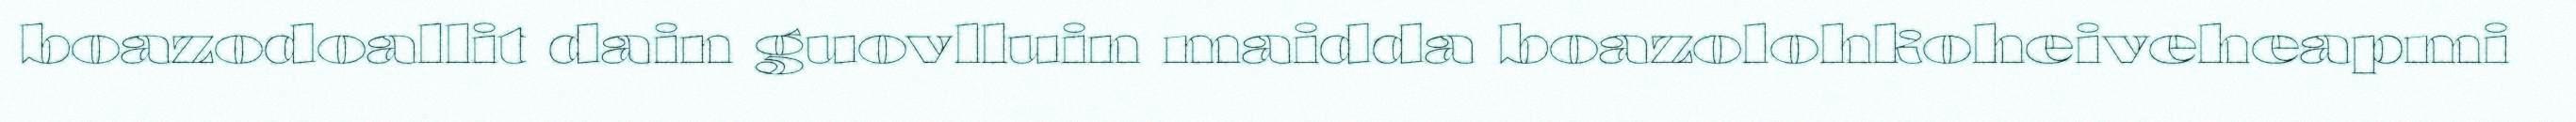
boazodoallit dain guovlluin maidda boazolohkoheiveheapmi